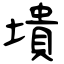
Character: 墤